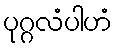
ပုဂ္ဂလံပါဟံ